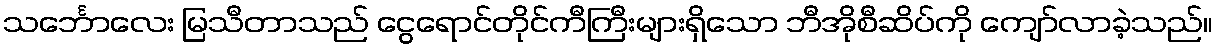
သင်္ဘောလေး မြသီတာသည် ငွေရောင်တိုင်ကီကြီးများရှိသော ဘီအိုစီဆိပ်ကို ကျော်လာခဲ့သည်။